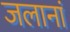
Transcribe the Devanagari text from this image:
जलानां